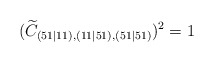
\begin{align*}(\widetilde{C}_{(51\mid 11),(11\mid 51),(51\mid 51)})^{2}=1\end{align*}